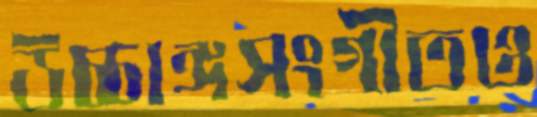
উচ্চাঙ্গসংগীতও